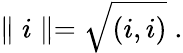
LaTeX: \parallel i\parallel=\sqrt{\left(i,i\right)}\; .